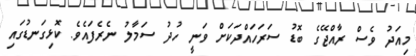
މިއަދު ވެސް ރާއްޖޭގެ ބޮޑު ސަރަހައްދަކަށް ވަނީ ހުދު ސަމާލު ނެރެފައެވެ. ކޮޅިގަނޑުގައި